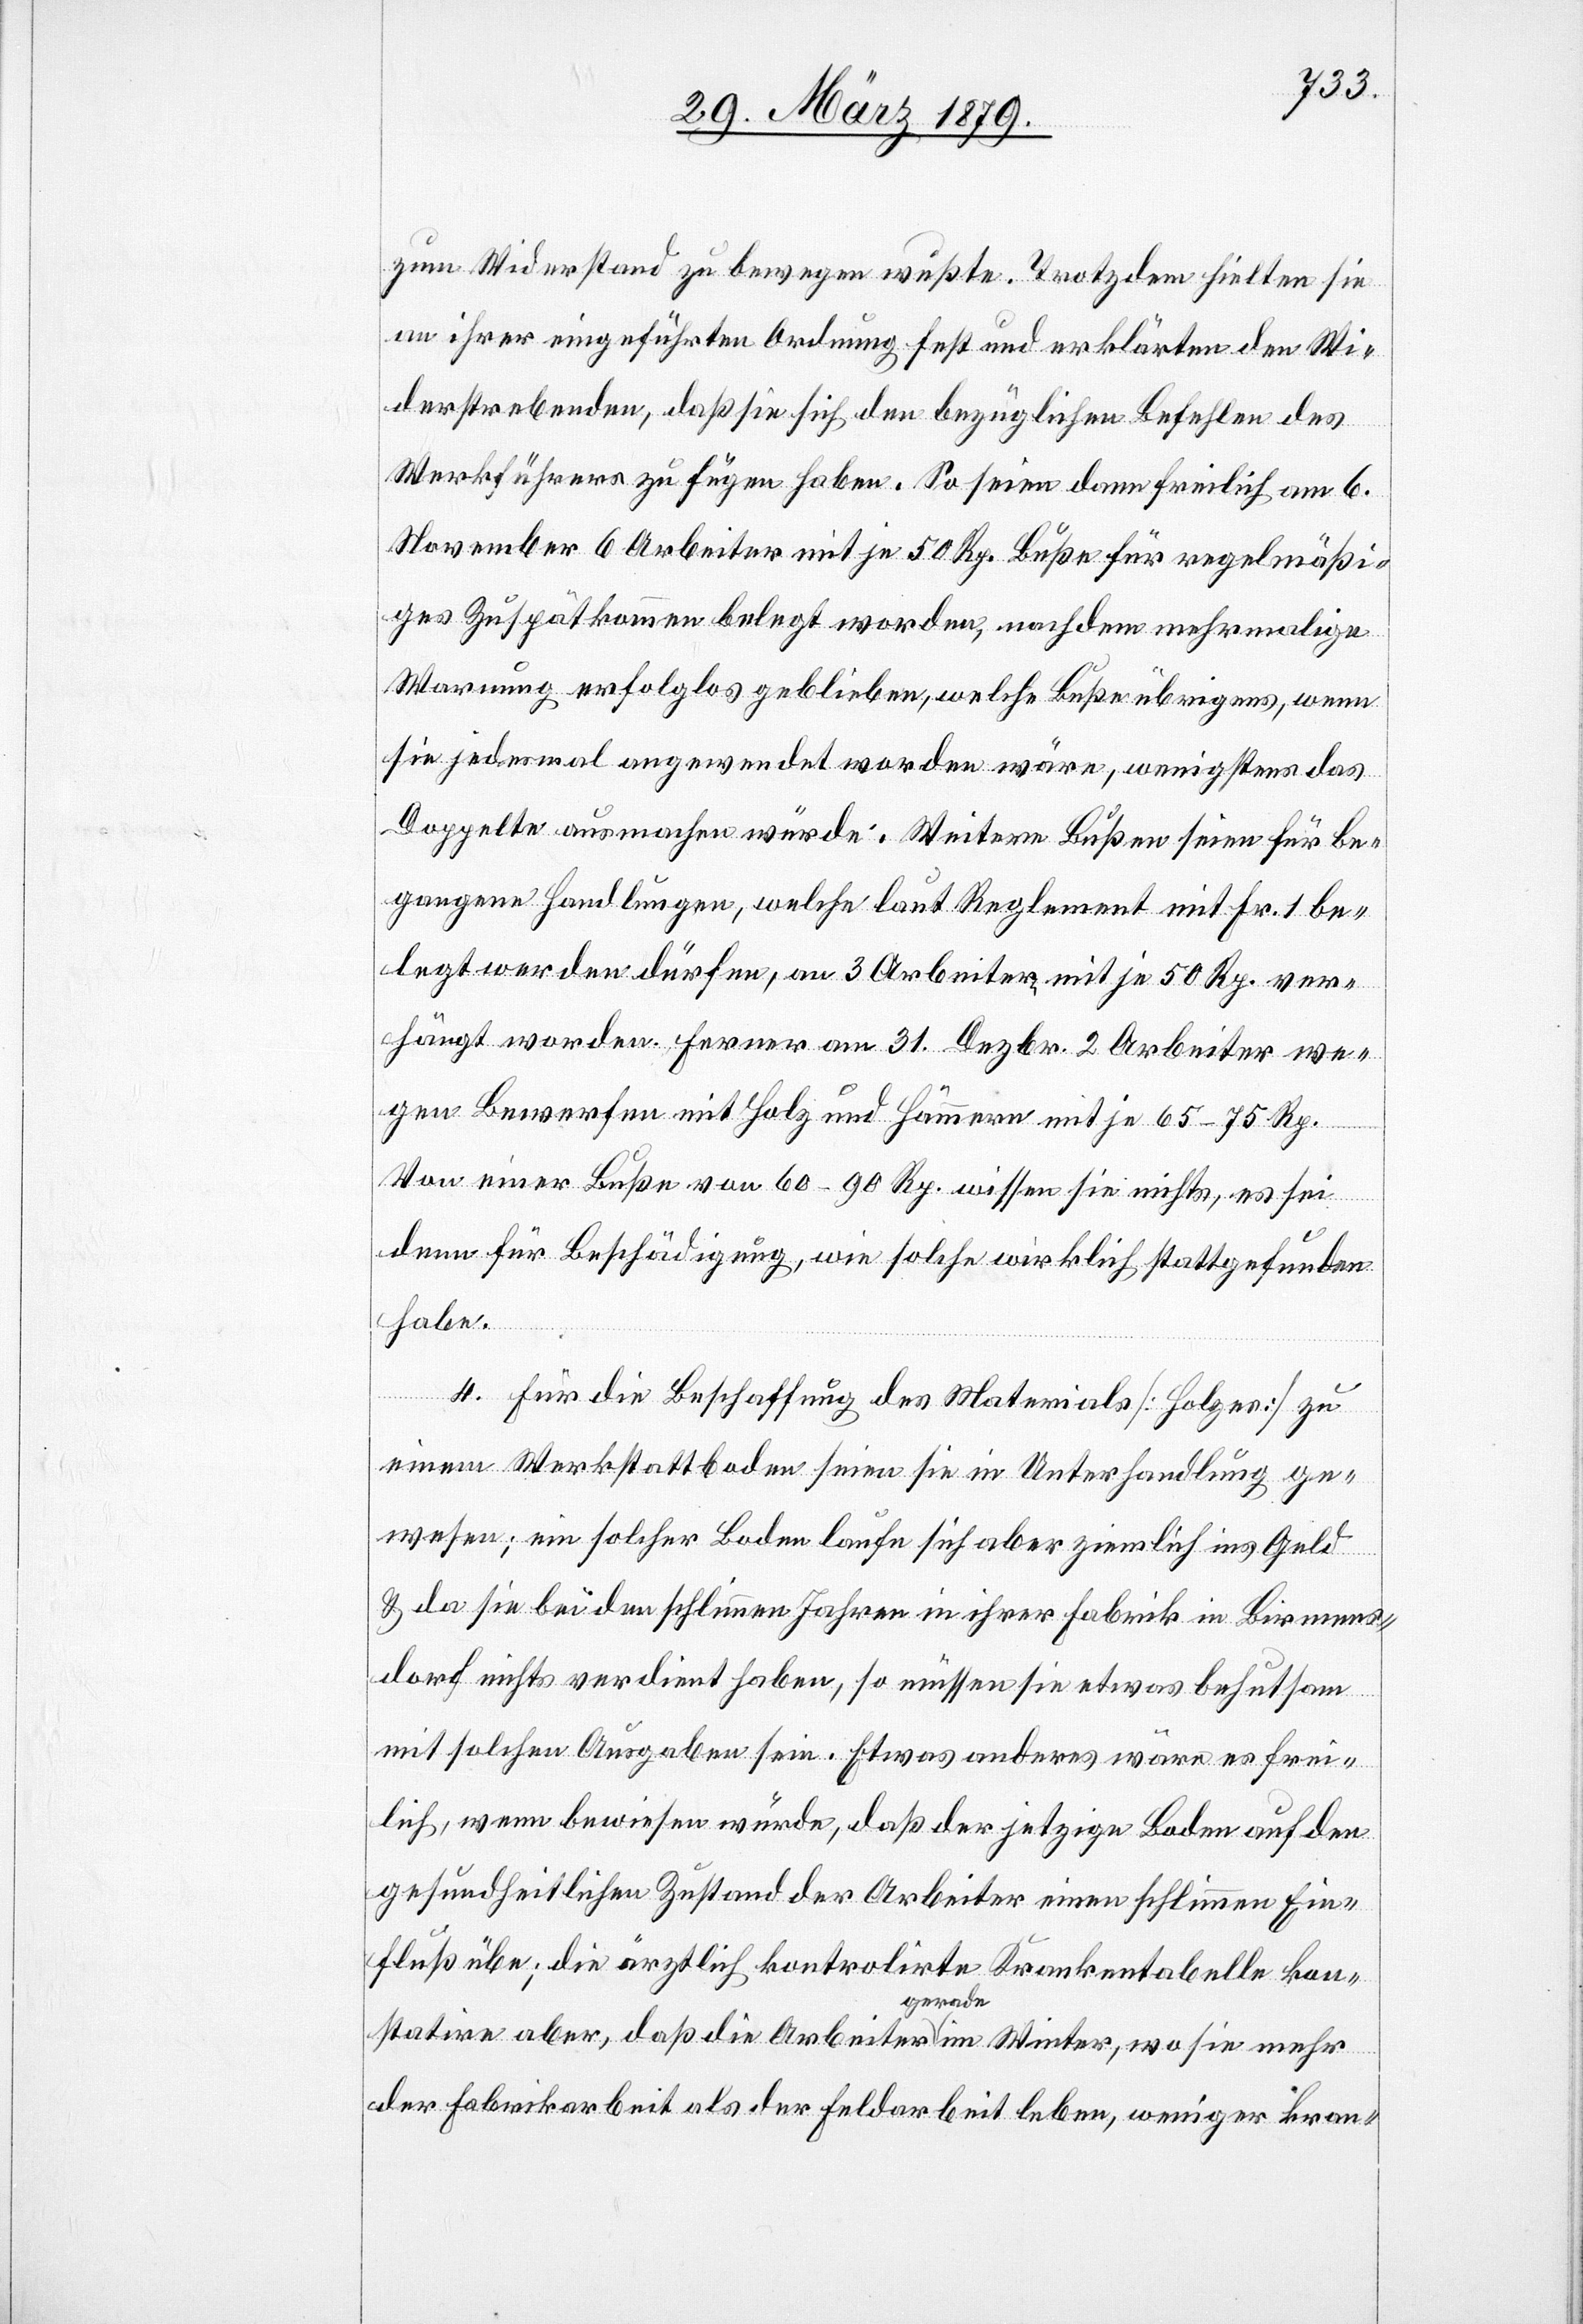
zum Widerstand zu bewegen wußte. Trotzdem hielten sie
an ihrer eingeführten Ordnung fest und erklärten den Wi¬
derstrebenden, daß sie sich den bezüglichen Befehlen des
Werkführers zu fügen haben. So seien dann freilich am 6.
November 6 Arbeiter mit je 50 Rp. Buße für regelmäßi¬
ges Zuspätkommen belegt worden, nachdem mehrmalige
Warnung erfolglos geblieben, welche Buße übrigens, wenn
sie jedesmal angewendet worden wäre, wenigstens das
Doppelte ausmachen würde. Weitere Bußen seien für be¬
gangene Handlungen, welche laut Reglement mit Fr. 1 be¬
legt werden dürfen, an 3 Arbeitern mit je 50 Rp. ver¬
hängt worden. Ferner am 31. Dezbr. 2 Arbeiter we¬
gen Bewerfen mit Holz und Hämmern mit je 65–75 Rp.
Von einer Buße von 60–90 Rp. wissen sie nichts, es sei
denn für Beschädigung, wie solche wirklich stattgefunden
habe.
4. Für die Beschaffung des Materials [Holzes] zu
einem Werkstattboden seien sie in Unterhandlung ge¬
wesen; ein solcher Boden laufe sich aber ziemlich in Geld
& da sie bei den schlimmen Jahren in ihrer Fabrik in Birmens¬
dorf nichts verdient haben, so müssen sie etwas behutsam
mit solchen Ausgaben sein. Etwas anderes wäre es frei¬
lich, wenn bewiesen würde, daß der jetzige Boden auf den
gesundheitlichen Zustand der Arbeiter einen schlimmen Ein¬
fluß übe; die ärztlich kontrolirte Krankentabelle kon¬
statire aber, daß die Arbeiter gerade im Winter, wo sie mehr
der Fabrikarbeit als der Feldarbeit leben, weniger kran-